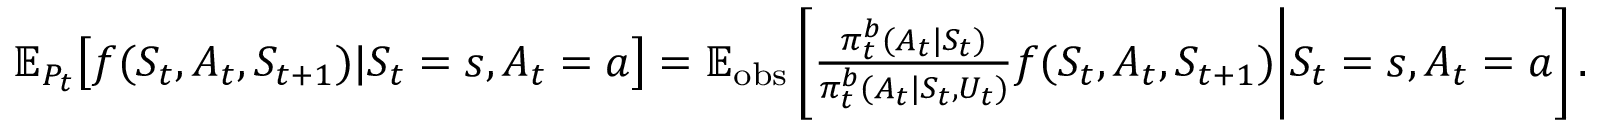
\begin{array} { r } { \mathbb { E } _ { P _ { t } } \big [ f ( S _ { t } , A _ { t } , S _ { t + 1 } ) | S _ { t } = s , A _ { t } = a \big ] = \mathbb { E } _ { \mathrm { o b s } } \left[ \frac { \pi _ { t } ^ { b } ( A _ { t } | S _ { t } ) } { \pi _ { t } ^ { b } ( A _ { t } | S _ { t } , U _ { t } ) } f ( S _ { t } , A _ { t } , S _ { t + 1 } ) \Bigg | S _ { t } = s , A _ { t } = a \right] . } \end{array}